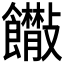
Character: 𩟴